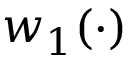
w _ { 1 } ( \cdot )